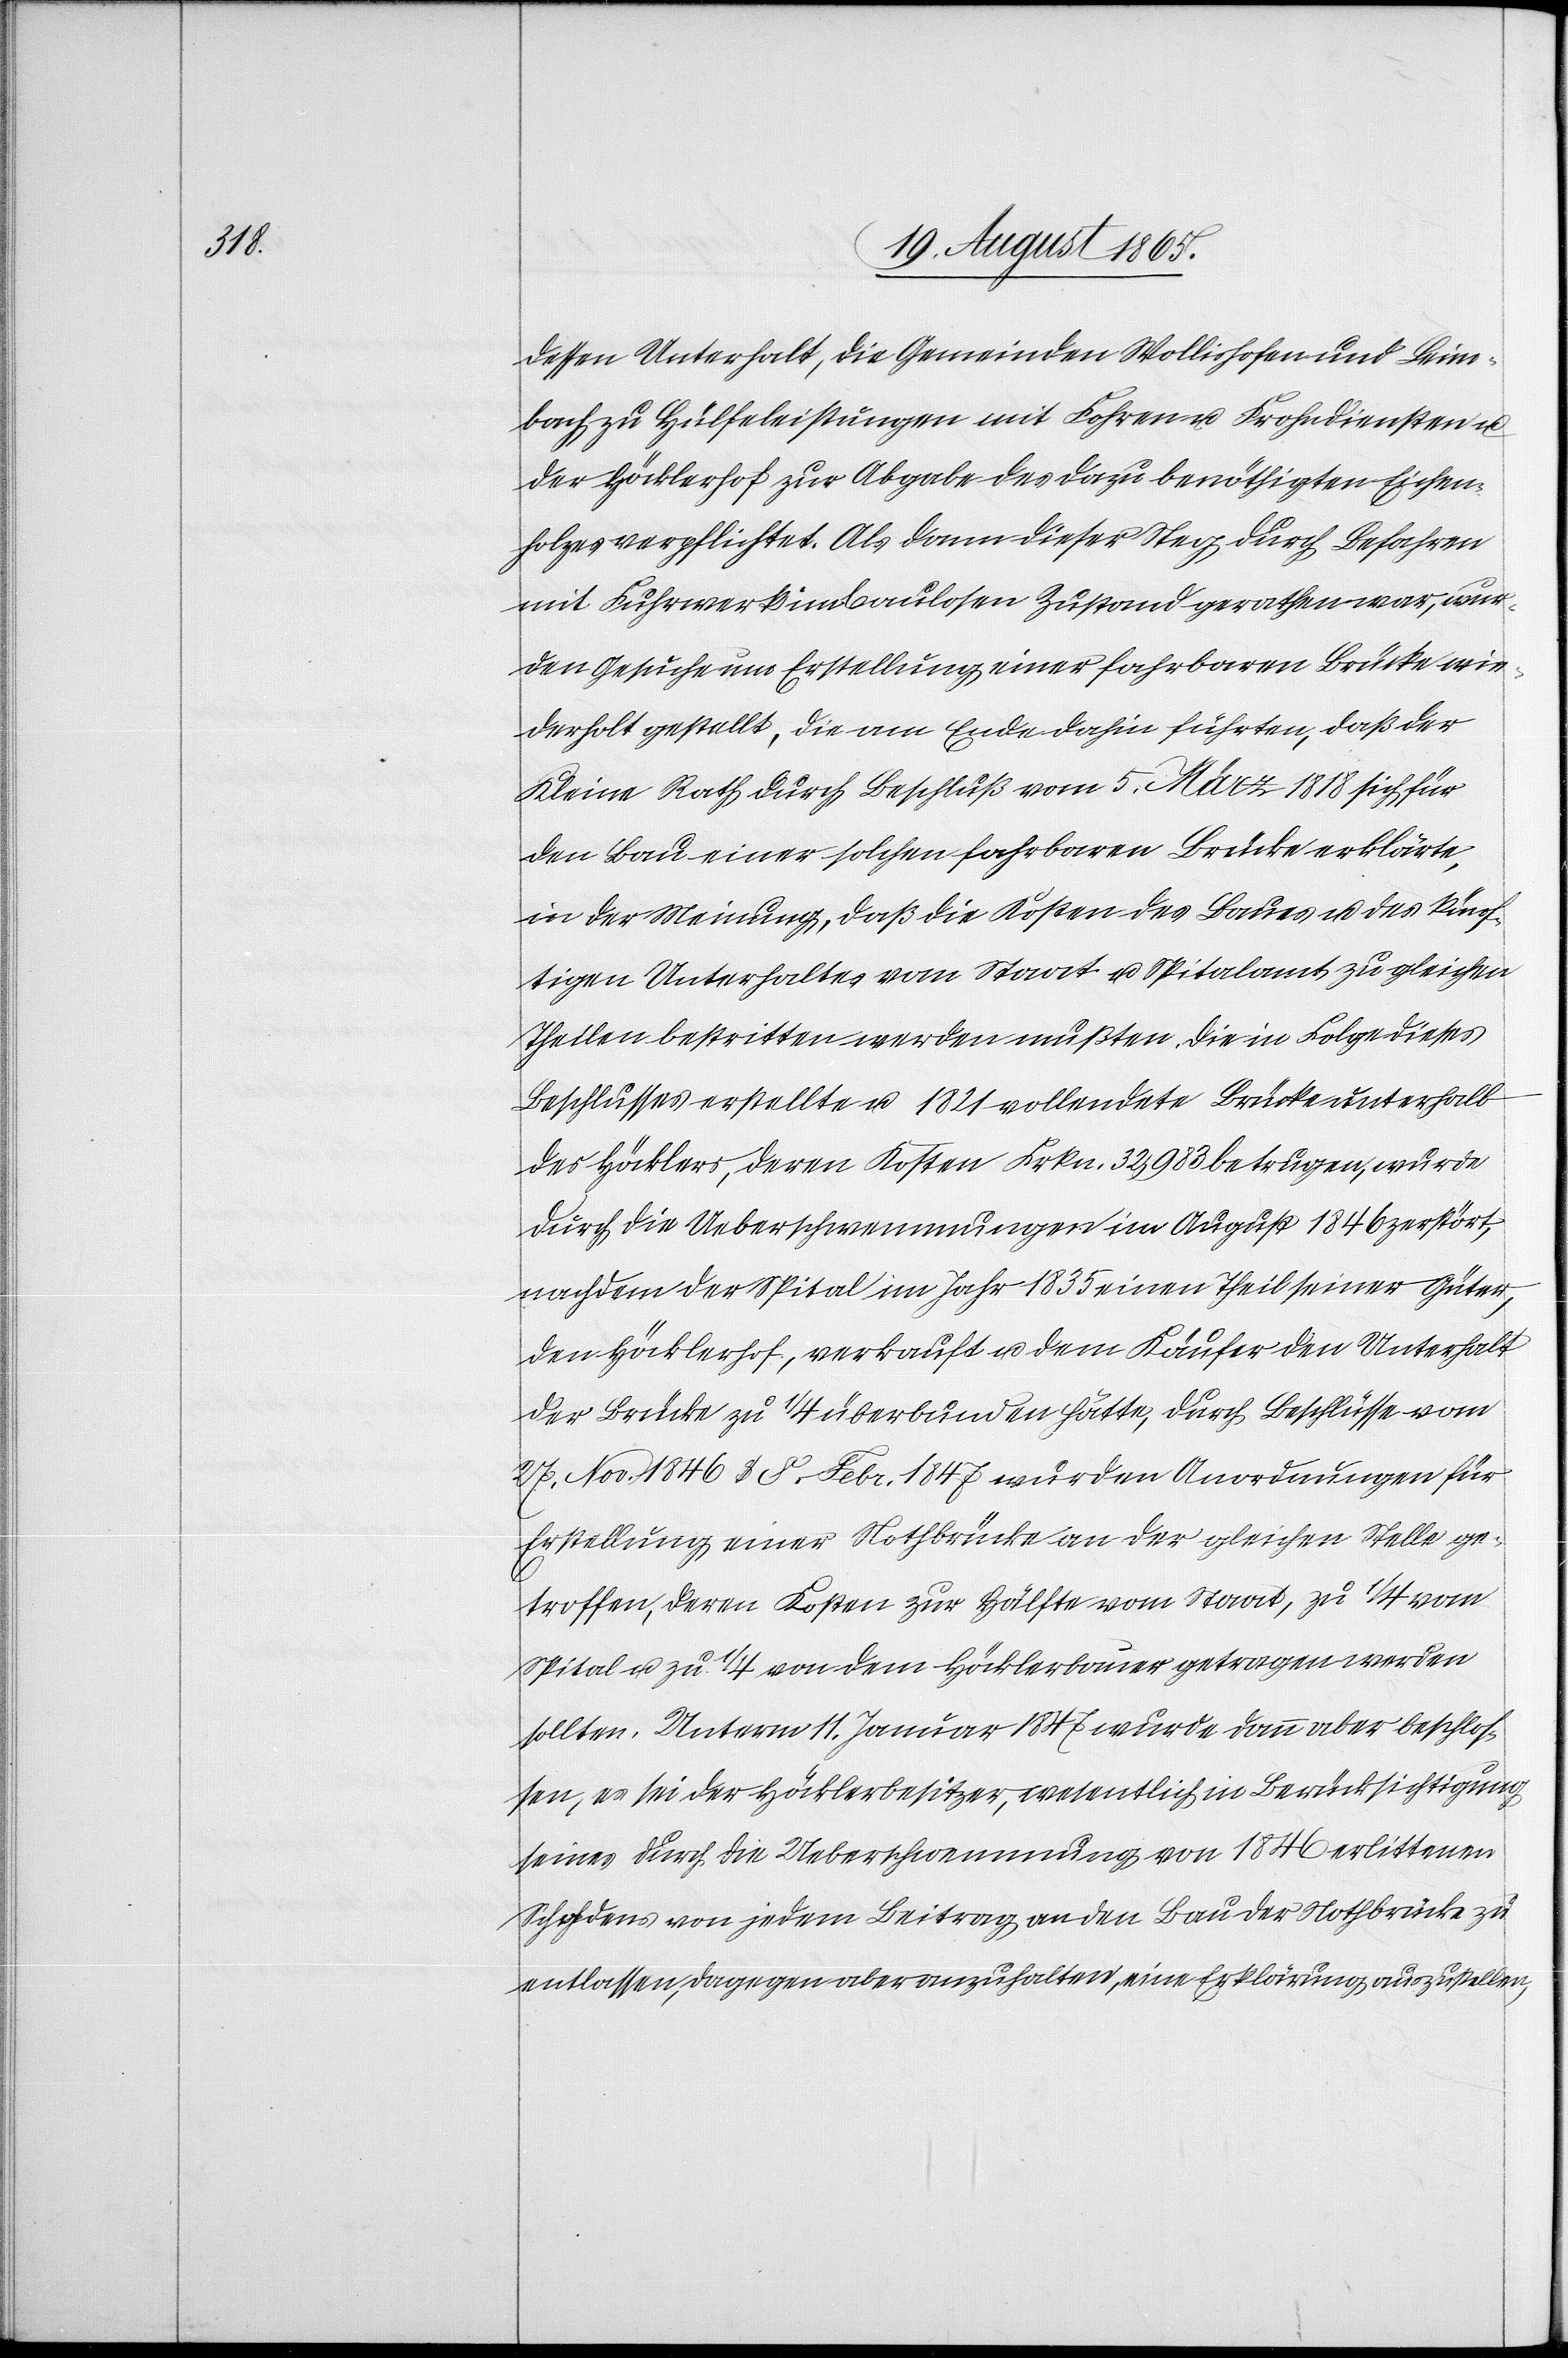
dessen Unterhalt, die Gemeinden Wollishofen und Leim¬
bach zu Hülfeleistungen mit Fohren u. Frohndiensten u.
der Höcklerhof zur Abgabe des dazu benöthigten Eichen¬
holzes verpflichtet. Als dann dieser Steg durch Befahren
mit Fuhrwerk in baulosen Zustand gerathen war, wur¬
den Gesuche um Erstellung einer fahrbaren Brücke wie¬
derholt gestellt, die am Ende dahin führten, daß der
Kleine Rath durch Beschluß vom 5. März 1818 sich für
den Bau einer solchen fahrbaren Brücke erklärte,
in der Meinung, daß die Kosten des Baues u. des künf¬
tigen Unterhaltes vom Staat u. Spitalamt zu gleichen
Theilen bestritten werden mußten. Die in Folge dieses
Beschlusses erstellte u. 1821 vollendete Brücke unterhalb
des Höcklers, deren Kosten Frkn. 32,983 betrugen, wurde
durch die Ueberschwemmungen im August 1846 zerstört,
nachdem der Spital im Jahr 1835 einen Theil seiner Güter,
den Höcklerhof, verkauft u. dem Käufer den Unerhalt
der Brücke zu 1/4 überbunden hätte, durch Beschlüsse vom
27. Nov. 1846 u. 8. Febr. 1847 wurden Anordnungen für
Erstellung einer Nothbrücke an der gleichen Stelle ge¬
troffen, deren Kosten zur Hälfte vom Staat, zu 1/4 vom
Spital u. zu 1/4 von dem Höcklerbauer getragen werden
sollten. Unterm 11. Januar 1847 wurde dann aber beschlos¬
sen, es sei der Höcklerbesitzer, wesentlich in Berücksichtigung
seines durch die Ueberschwemmung von 1846 erlittenen
Schadens von jedem Beitrag an den Bau der Nothbrücke zu
entlassen, dagegen aber anzuhalten, eine Erklärung auszustellen,